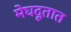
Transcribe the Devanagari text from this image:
मेघदूतात